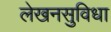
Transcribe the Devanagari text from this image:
लेखनसुविधा